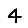
Digit: 4